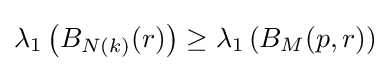
\lambda _{1}\left(B_{N(k)}(r)\right)\geq \lambda _{1}\left(B_{M}(p,r)\right)